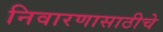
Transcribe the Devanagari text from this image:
निवारणासाठीचे